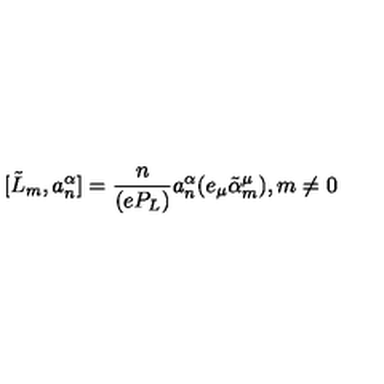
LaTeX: [ \tilde { L } _ { m } , a _ { n } ^ { \alpha } ] = \frac { n } { ( e P _ { L } ) } a _ { n } ^ { \alpha } ( e _ { \mu } \tilde { \alpha } _ { m } ^ { \mu } ) , m \neq 0